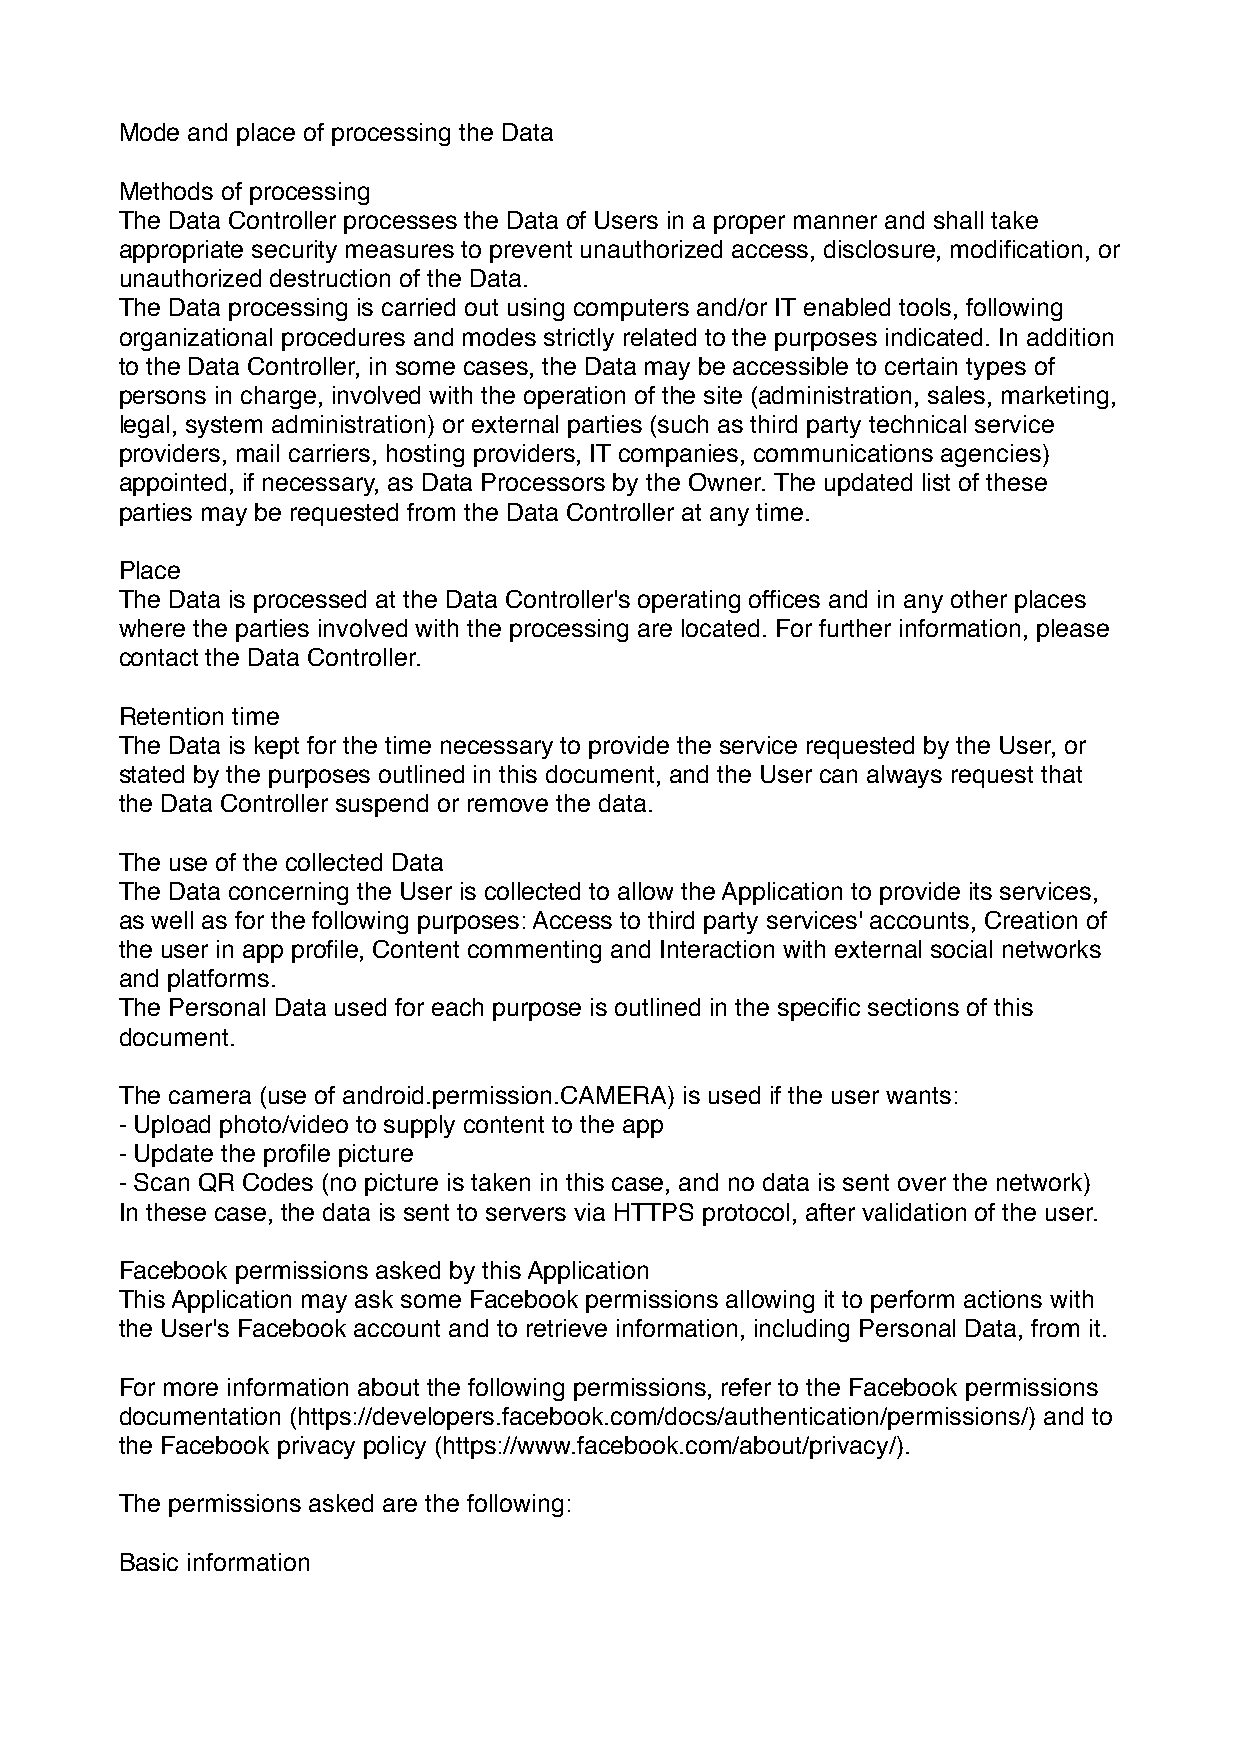
Mode and place of processing the Data
 Methods of processing
 The Data Controller processes the Data of Users in a proper manner and shall take
 appropriate security measures to prevent unauthorized access, disclosure, modification, or
 unauthorized destruction of the Data.
 The Data processing is carried out using computers and/or IT enabled tools, following
 organizational procedures and modes strictly related to the purposes indicated. In addition
 to the Data Controller, in some cases, the Data may be accessible to certain types of
 persons in charge, involved with the operation of the site (administration, sales, marketing,
 legal, system administration) or external parties (such as third party technical service
 providers, mail carriers, hosting providers, IT companies, communications agencies)
 appointed, if necessary, as Data Processors by the Owner. The updated list of these
 parties may be requested from the Data Controller at any time.
 Place
 The Data is processed at the Data Controller's operating offices and in any other places
 where the parties involved with the processing are located. For further information, please
 contact the Data Controller.
 Retention time
 The Data is kept for the time necessary to provide the service requested by the User, or
 stated by the purposes outlined in this document, and the User can always request that
 the Data Controller suspend or remove the data.
 The use of the collected Data
 The Data concerning the User is collected to allow the Application to provide its services,
 as well as for the following purposes: Access to third party services' accounts, Creation of
 the user in app profile, Content commenting and Interaction with external social networks
 and platforms.
 The Personal Data used for each purpose is outlined in the specific sections of this
 document.
 The camera (use of android.permission.CAMERA) is used if the user wants:
 - Upload photo/video to supply content to the app
 - Update the profile picture
 - Scan QR Codes (no picture is taken in this case, and no data is sent over the network)
 In these case, the data is sent to servers via HTTPS protocol, after validation of the user.
 Facebook permissions asked by this Application
 This Application may ask some Facebook permissions allowing it to perform actions with
 the User's Facebook account and to retrieve information, including Personal Data, from it.
 For more information about the following permissions, refer to the Facebook permissions
 documentation (https://developers.facebook.com/docs/authentication/permissions/) and to
 the Facebook privacy policy (https://www.facebook.com/about/privacy/).
 The permissions asked are the following:
 Basic information